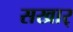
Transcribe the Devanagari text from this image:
सखार्